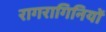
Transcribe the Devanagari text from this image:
रागरागिनियों